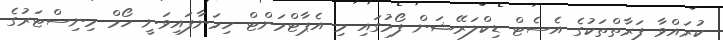
ކުރައްވާ ފަރާތްތަކުގެ އެސެޓް ޑިކްލަރޭޝަން ފޯމުގައި މި އެޕާޓްމަންޓް ހިމަނާފައިވަނީ ހޯމް މިނިސްޓަރުގެ